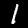
Digit: 1